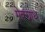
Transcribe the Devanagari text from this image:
मेक्ग्राथ